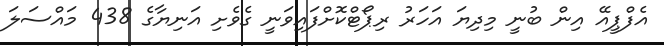
އެފްޕީއޭ އިން ބުނީ މިދިޔަ އަހަރު ރިޕޯޓްކޮށްފައިވަނީ ގެވެށި އަނިޔާގެ 438 މައްސަލަ